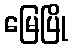
မြေပြို